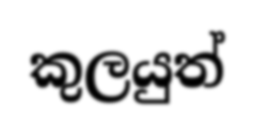
කුලයුත්